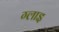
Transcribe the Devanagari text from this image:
ग्लाइ